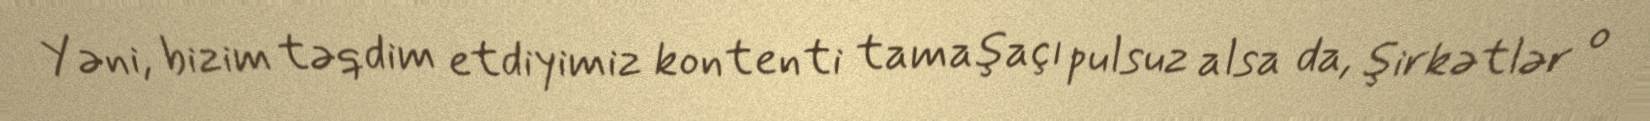
Yəni, bizim təqdim etdiyimiz kontenti tamaşaçı pulsuz alsa da, şirkətlər o